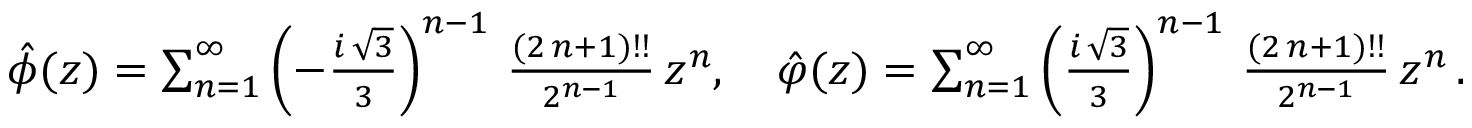
\begin{array} { r } { \hat { \phi } ( z ) = \sum _ { n = 1 } ^ { \infty } \left( - \frac { i \, \sqrt { 3 } } { 3 } \right) ^ { n - 1 } \, \frac { ( 2 \, n + 1 ) ! ! } { 2 ^ { n - 1 } } \, z ^ { n } , \quad \hat { \varphi } ( z ) = \sum _ { n = 1 } ^ { \infty } \left( \frac { i \, \sqrt { 3 } } { 3 } \right) ^ { n - 1 } \, \frac { ( 2 \, n + 1 ) ! ! } { 2 ^ { n - 1 } } \, z ^ { n } \, . } \end{array}